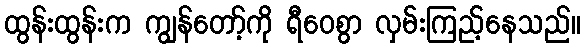
ထွန်းထွန်းက ကျွန်တော့်ကို ရီဝေစွာ လှမ်းကြည့်နေသည်။